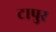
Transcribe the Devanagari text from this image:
टापुर